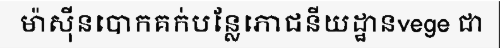
ម៉ាស៊ីនបោកគក់បន្លែភោជនីយដ្ឋានvege ជា